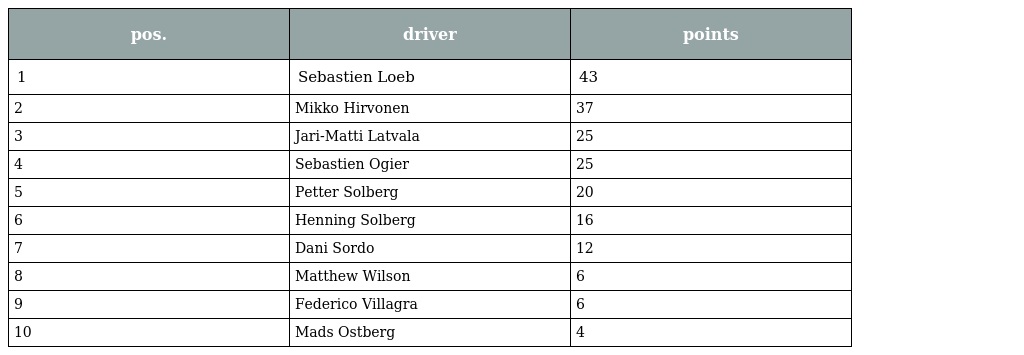
| pos. | driver | points |
 | --- | --- | --- |
 | 1 | Sebastien Loeb | 43 |
 | 2 | Mikko Hirvonen | 37 |
 | 3 | Jari-Matti Latvala | 25 |
 | 4 | Sebastien Ogier | 25 |
 | 5 | Petter Solberg | 20 |
 | 6 | Henning Solberg | 16 |
 | 7 | Dani Sordo | 12 |
 | 8 | Matthew Wilson | 6 |
 | 9 | Federico Villagra | 6 |
 | 10 | Mads Ostberg | 4 |